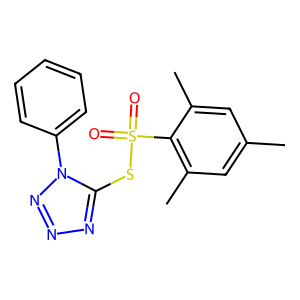
SMILES: Cc1cc(C)c(S(=O)(=O)Sc2nnnn2-c2ccccc2)c(C)c1
Inhibits HIV replication: No